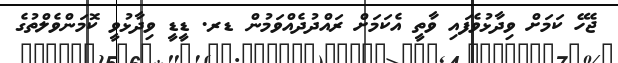
ޖެހޭ ކަމަށް ވިދާޅުވެފައި ވާތީ އެކަމަށް ރައްދުދެއްވަމުން ޑރ. ޑީޑީ ވިދާޅުވީ ކޮމަންވެލްތުގެ